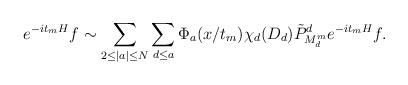
LaTeX: \begin{align*}\begin{aligned}e^{-it_mH}f\sim\sum_{2\le|a|\le N}\sum_{d\le a}\Phi_a(x/t_m)\chi_d(D_d)\tilde P^d_{M_d^m}e^{-it_mH}f.\end{aligned}\end{align*}